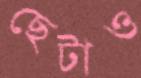
ছেটাও